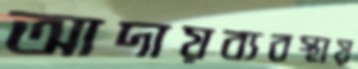
আদায়ব্যবস্থায়